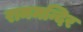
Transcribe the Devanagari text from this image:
राममन्दिर